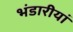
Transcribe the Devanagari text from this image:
भंडारीयां